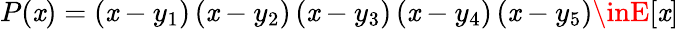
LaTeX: P(\mathit{x})=\left(\mathit{x}-y_{1}\right)\left(\mathit{x}-y_{2}\right)\left(\mathit{x}-y_{3}\right)\left(\mathit{x}-y_{4}\right)\left(\mathit{x}-y_{5}\right)\inE[\mathit{x}]